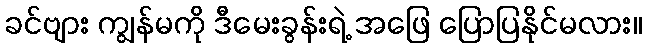
ခင်ဗျား ကျွန်မကို ဒီမေးခွန်းရဲ့ အဖြေ ပြောပြနိုင်မလား။